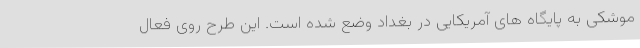
موشکی به پایگاه های آمریکایی در بغداد وضع شده است. این طرح روی فعال